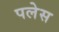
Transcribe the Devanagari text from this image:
पलेस